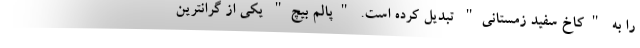
را به "کاخ سفید زمستانی" تبدیل کرده است. "پالم بیچ" یکی از گرانترین